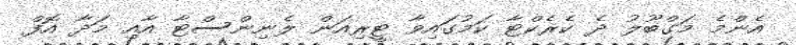
އެންމެ މަގްބޫލު ދެ ކެރެކްޓާ ކަމުގައިވާ ޓީރިއަން ލެނިންސްޓާ އާއި މަދާ އޮފް